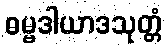
ဓမ္မဒါယာဒသုတ္တံ